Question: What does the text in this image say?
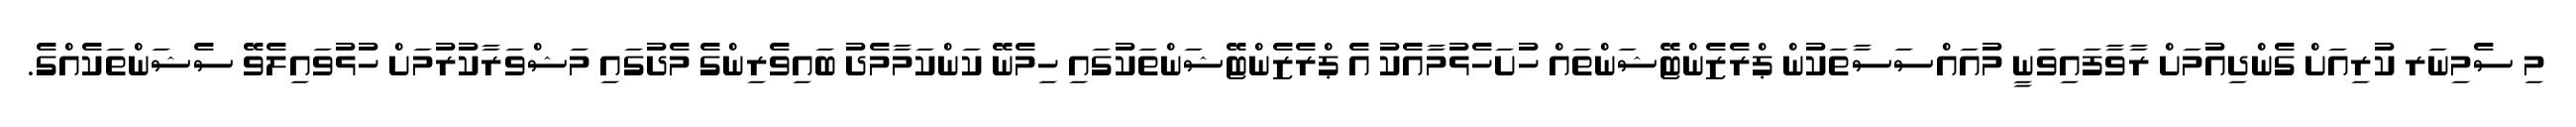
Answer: މި ސެމިނަރ ކުރިއަށް ގެންދިއުމަށް ރާވާފައިވަނީ މުއައްސަސާތަކުން ޕްރެޒެންޓޭޝަންތައް ހުށަހެޅުމާއެކު އެ ޕްރެޒެންޓޭޝަންތަކުގައި ހިމެނޭ ކަންކަމާމެދު ބައިވެރިންގެ މެދުގައި މަޝްވަރާކުރުމަށް ހުޅުވައިލެވޭ ސެޝަންތަކެއްގެ.